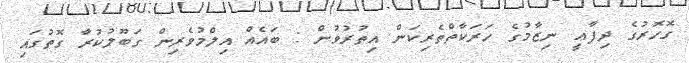
ގޮހޮރުގެ ދިފާޢީ ނިޒާމުގެ ހަރަކާތްތެރިކަން އިތުރުވުން : ބައެއް އިލްމުވެރިން ގަބޫލުކުރާ ގޮތުގައި